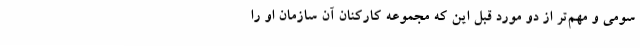
سومی و مهم‌تر از دو مورد قبل این که مجموعه کارکنان آن سازمان او را